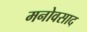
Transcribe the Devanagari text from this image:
मनोवसाद